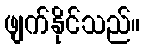
ဖျက်နိုင်သည်။